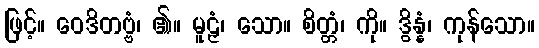
ဖြင့်။ ဝေဒိတဗ္ဗံ၊ ၏။ မူဠှံ၊ သော။ စိတ္တံ၊ ကို။ ဒွိန္နံ၊ ကုန်သော။